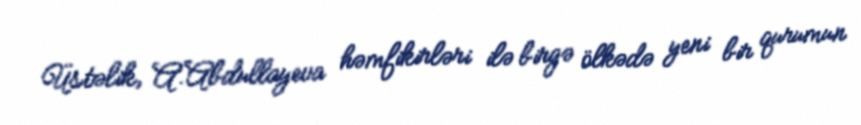
Üstəlik, A.Abdullayeva həmfikirləri ilə birgə ölkədə yeni bir qurumun